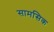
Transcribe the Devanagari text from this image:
सामसिक